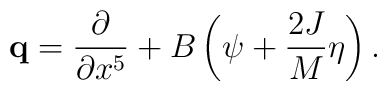
{\bf q} = {\partial\over \partial x^5}+B\left( \psi + {2 J\over M}\eta \right).